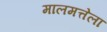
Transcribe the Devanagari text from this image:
मालमत्तेला